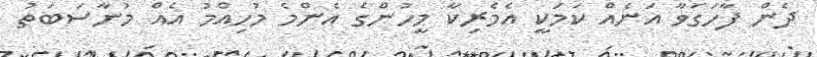
ދެން ފާހަގަވާ އަނެއް ކަމަކީ އެމެރިކާ މީހުންގެ އެންމެ މުހިއްމު އެއް މުނާސަބަތު